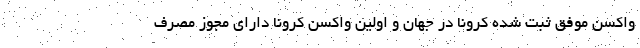
واکسن موفق ثبت شده کرونا در جهان و اولین واکسن کرونا دارای مجوز مصرف